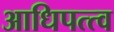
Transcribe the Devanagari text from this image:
आधिपत्त्व